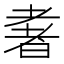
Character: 𱻭